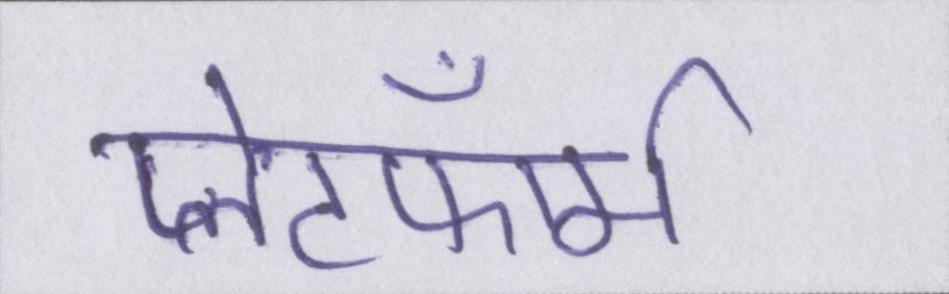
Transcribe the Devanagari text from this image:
प्लेटफॉर्म